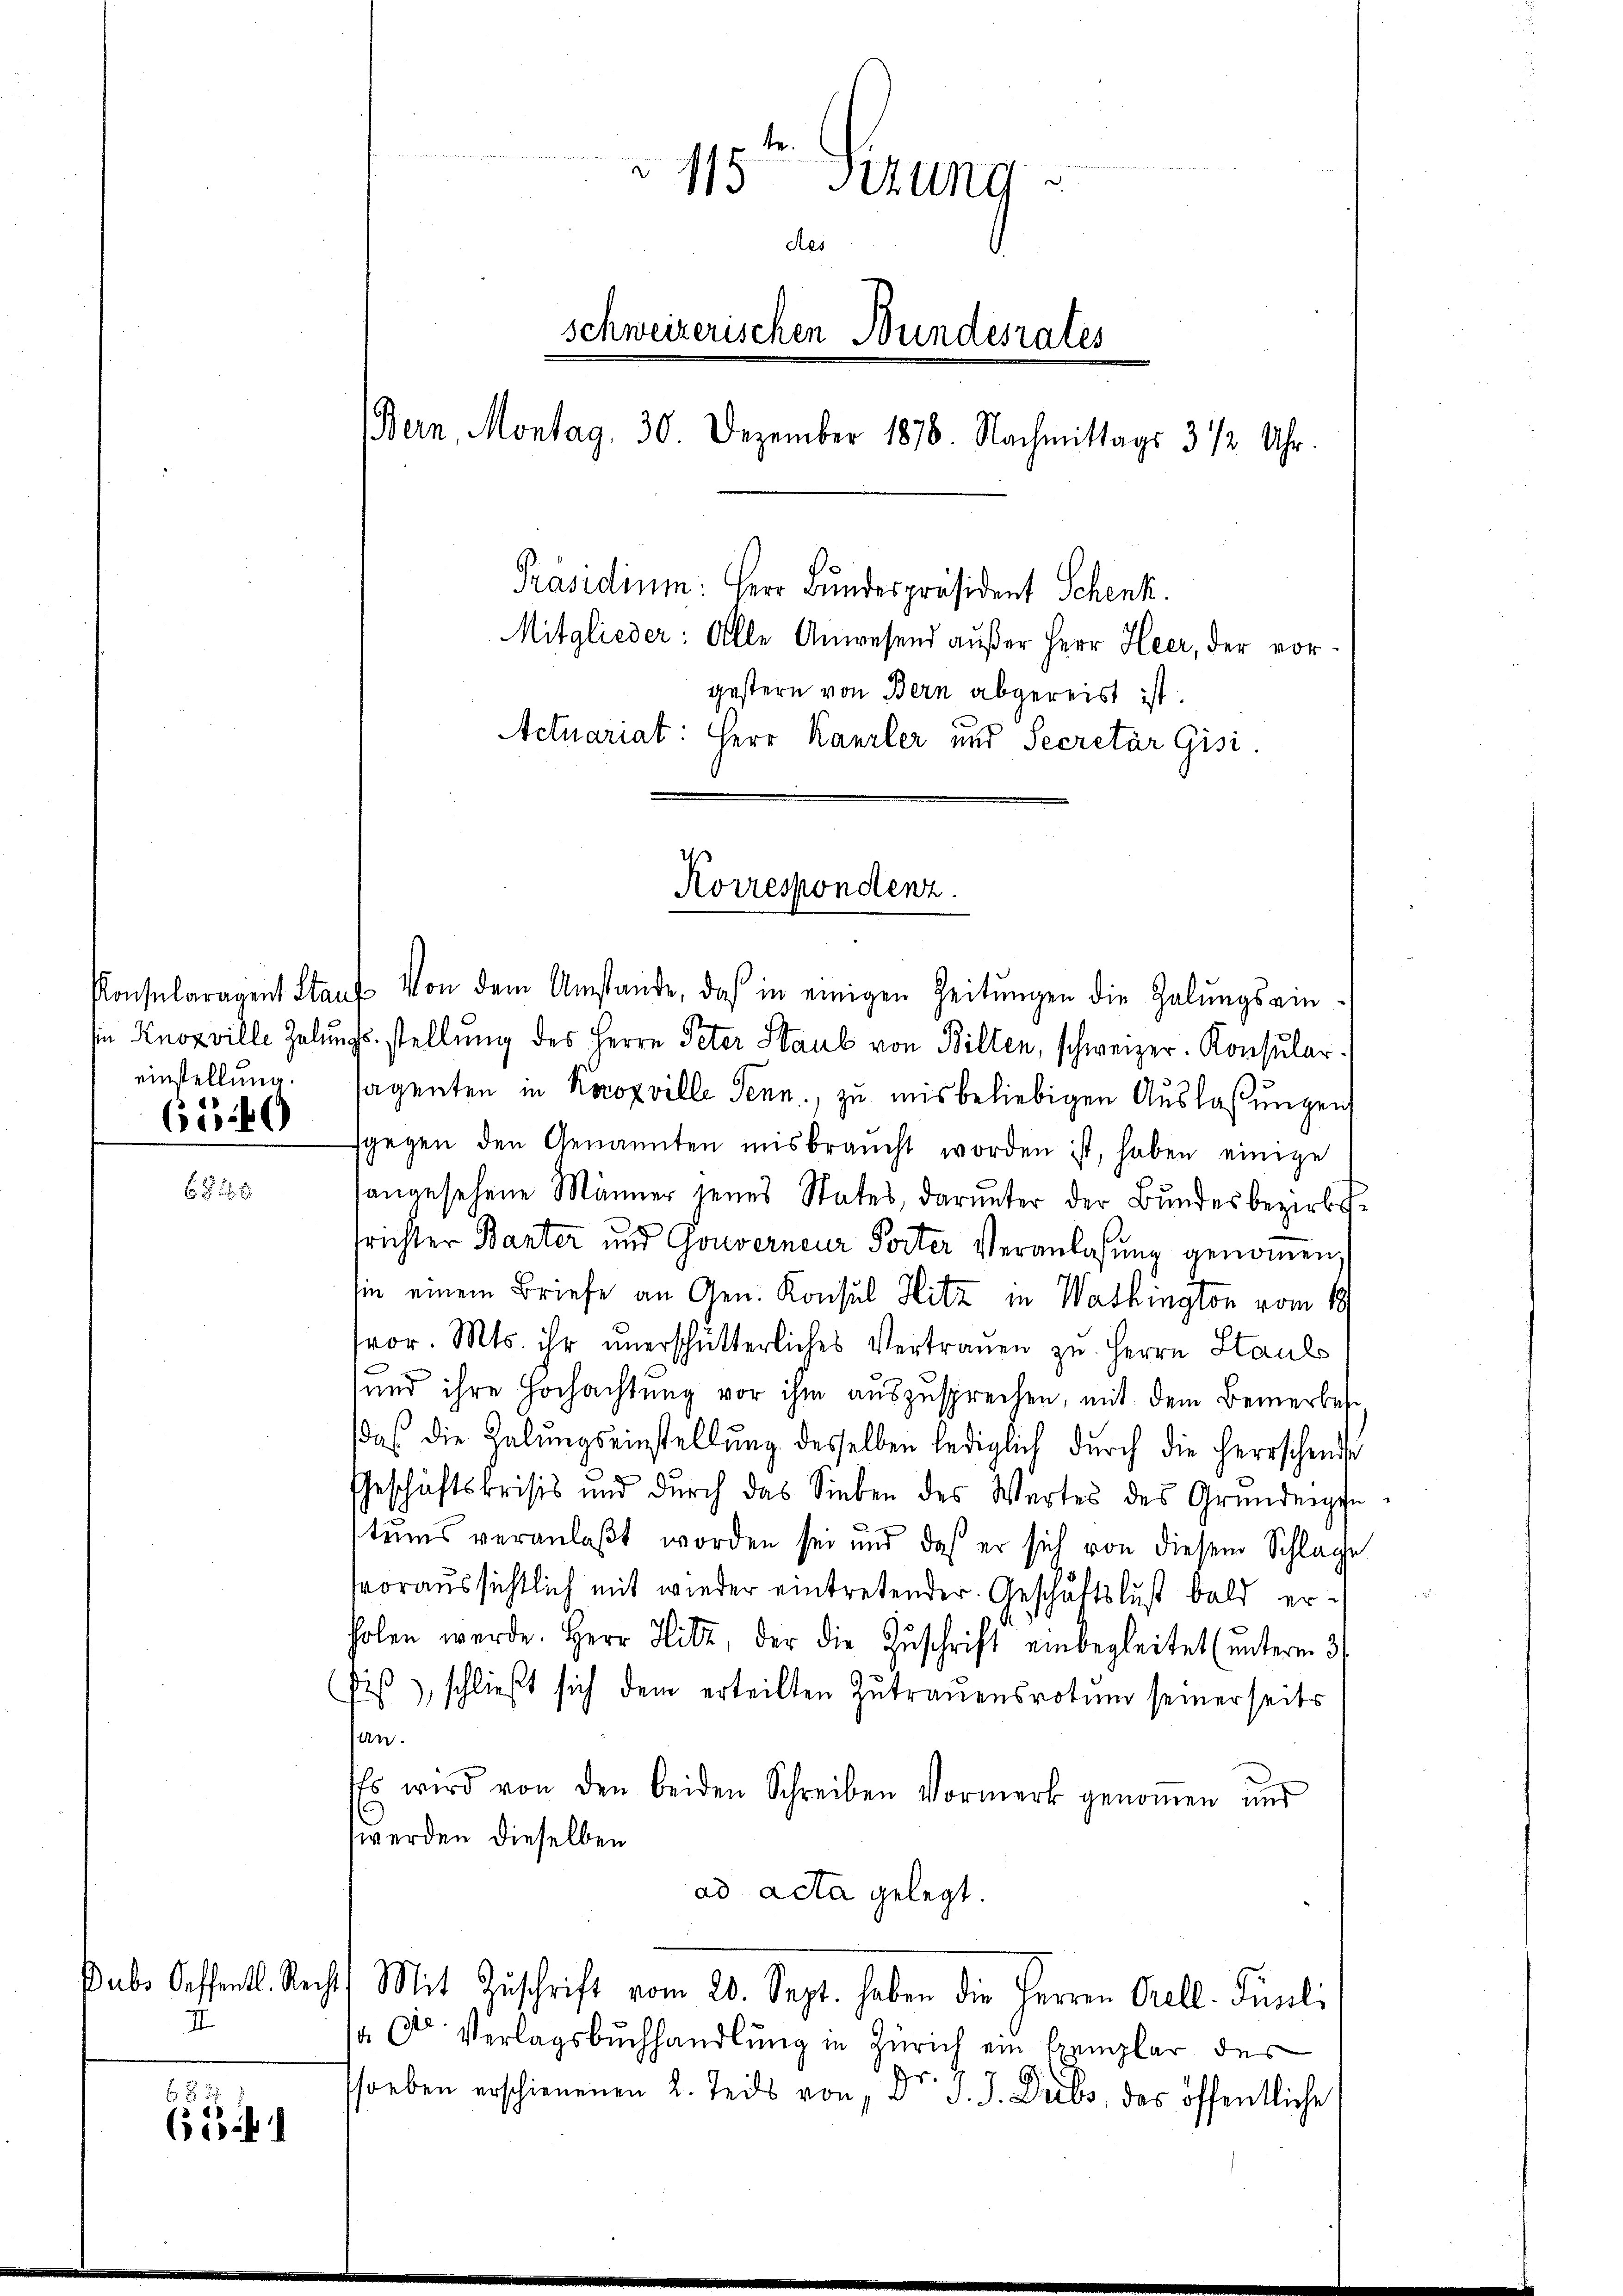
einstellung.

63 40

II

8 2
664

Konsularagent Staŭf Von dem Umstände, das in einigen Zeitŭngen die Halŭngsein-
sin Knoxville Zelungsstellung des Herrn Peter Staub von Bilten, schweizer. Konsularagenten in Koroxville Senn, zu mis beliebigen Auslaßungen
sgegen den Genannten misbraucht worden ist, haben einige
angesehene Männer jenes States, darunter der Bŭndesbezirks-
srichter Banter und Gouverneur Torter Veranlassung genommen,
sin einem Briefe an Gen. Konsul Hitz in Washington vom 18.
vor. Mts. ihr unerschütterliches Vertrauen zu Herrn Stauls
und ihre Hochachtung vor ihm auszusprechen, mit dem Bemerkes,
daß die Halungseinstellung desselben lediglich durch die Herrschende
Geschichtskrisis und durch das Sieben des Wertes des Gründenpfestums veranlaßt worden sei und daß er sich von diesem Schlage
fvoraussichtlich mit wieder eintretender Geschäftslust bald erholen werde. Herr Hitz, der die Zuschrift einbegleitet (unterm 3.
Fis), schließt sich dem erteilten Zutrauensrotum seinerseits
an.
Es wird von den beiden Schreiben Vormerk genommen und
werden dieselben
ad acta gelegt.
Jaber Oeffentl. Recht Mit Zuschrift vom 20. Sept. haben die Herren Orell. Pauli
 Ctr. Verlagsbuchhandlung in Zürich ein Exemplar des
s
9)
soeben erschienenen 2. Teils von " " J. J. Pribs, das öffentliche

115 Stung
des
schweizerischen Bundesrates
Bern, Montag, 30. Dezember 1878. Nachmittags 3 1/2 Uhr.
Präsidium: Herr Bundespräsident Schenk.
Mitglieder: Alle Anwesend außer Herr Heer, der vorgestern von Bern abgereist ist.

Actuariat: Herr Kanzler und Secretär Gisi

Korrespondenz.